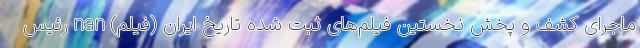
ماجرای کشف و پخش نخستین فیلم‌های ثبت شده تاریخ ایران (فیلم) nan رئیس